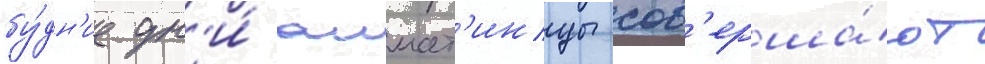
бу́дн'ие дн'и́ алмат'инцы сов'ерша́ют